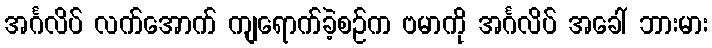
အင်္ဂလိပ် လက်အောက် ကျရောက်ခဲ့စဉ်က ဗမာကို အင်္ဂလိပ် အခေါ် ဘားမား